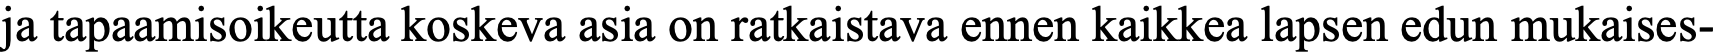
ja tapaamisoikeutta koskeva asia on ratkaistava ennen kaikkea lapsen edun mukaises-